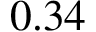
0 . 3 4